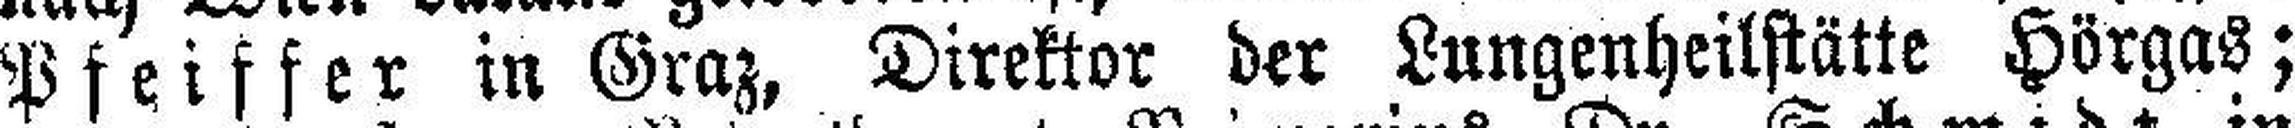
Pfeiffer in Graz, Direktor der Lungenheilstätte Hörgas;